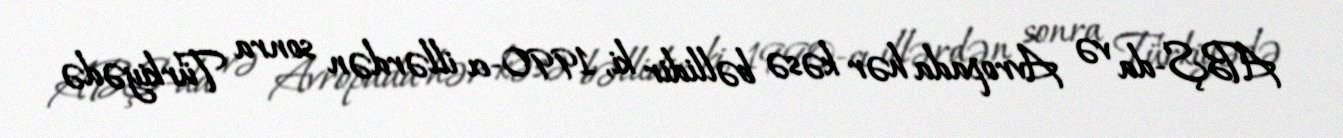
ABŞ-da və Avropada hər kəsə bəllidir ki, 1990-cı illərdən sonra Türkiyədə